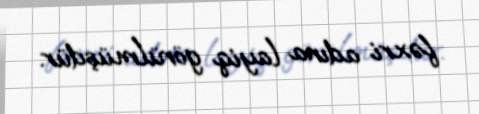
fəxri adına layiq görülmüşdür.